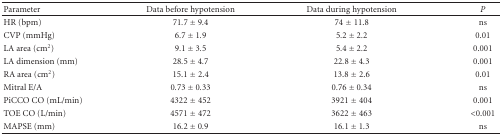
| Parameter | Data before hypotension | Data during hypotension | P |
 | --- | --- | --- | --- |
 | HR (bpm) | 71.7 ± 9.4 | 74 ± 11.8 | ns |
 | CVP (mmHg) | 6.7 ± 1.9 | 5.2 ± 2.2 | 0.01 |
 | LA area (cm2) | 9.1 ± 3.5 | 5.4 ± 2.2 | 0.001 |
 | LA dimension (mm) | 28.5 ± 4.7 | 22.8 ± 4.3 | 0.001 |
 | RA area (cm2) | 15.1 ± 2.4 | 13.8 ± 2.6 | 0.01 |
 | Mitral E/A | 0.73 ± 0.33 | 0.76 ± 0.34 | ns |
 | PiCCO CO (mL/min) | 4322 ± 452 | 3921 ± 404 | 0.001 |
 | TOE CO (L/min) | 4571 ± 472 | 3622 ± 463 | <0.001 |
 | MAPSE (mm) | 16.2 ± 0.9 | 16.1 ± 1.3 | ns |